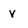
Character: v